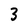
Character: 3